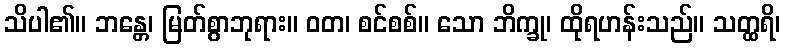
သိပါ၏။ ဘန္တေ၊ မြတ်စွာဘုရား။ ဝတ၊ စင်စစ်။ သော ဘိက္ခု၊ ထိုရဟန်းသည်။ သတ္ထရိ၊